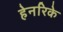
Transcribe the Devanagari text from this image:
हेनरिके